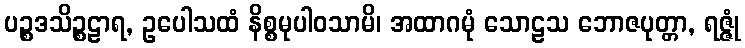
ပဉ္စဒသိဉ္စဠာရ, ဥပေါသထံ နိစ္စမုပါဝသာမိ၊ အထာဂမုံ သောဠသ ဘောဇပုတ္တာ, ရဇ္ဇုံ